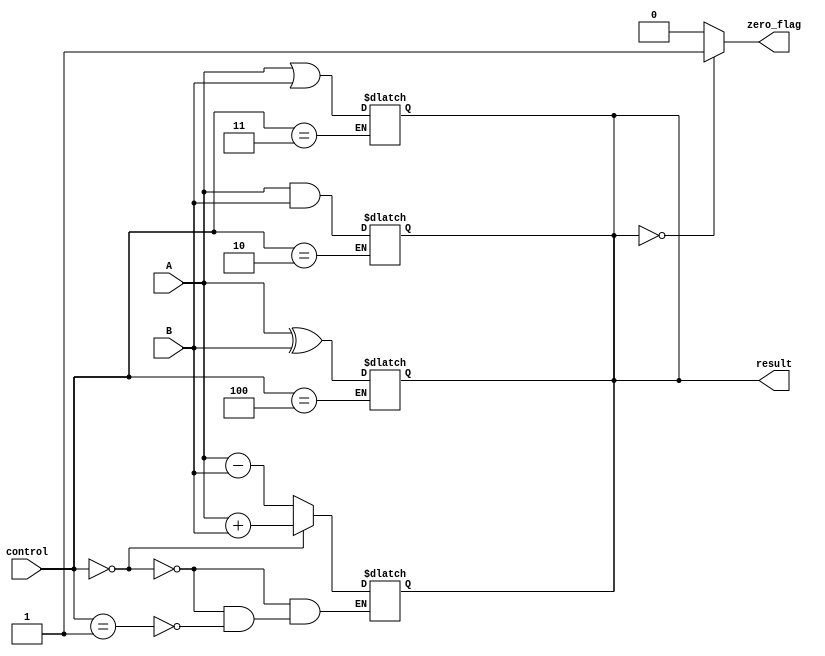
module ALU(input [7:0] A, B,
           input [2:0] control,
           output reg [7:0] result,
           output reg zero_flag);

  // Adder block
  always @(*)
  begin
    if(control == 3'b000) // addition
      result = A + B;
    else if(control == 3'b001) // subtraction
      result = A - B;
  end

  // AND block
  always @(*)
  begin
    if(control == 3'b010) // bitwise AND
      result = A & B;
  end

  // OR block
  always @(*)
  begin
    if(control == 3'b011) // bitwise OR
      result = A | B;
  end

  // XOR block
  always @(*)
  begin
    if(control == 3'b100) // bitwise XOR
      result = A ^ B;
  end

  // Zero flag logic
  always @(*)
  begin
    if(result == 8'b00000000)
      zero_flag = 1;
    else
      zero_flag = 0;
  end

endmodule